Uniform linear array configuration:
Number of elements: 64
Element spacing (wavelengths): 0.25
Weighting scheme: binomial
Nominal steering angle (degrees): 45
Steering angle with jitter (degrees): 43.644
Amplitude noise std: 0.05
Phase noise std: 0.05

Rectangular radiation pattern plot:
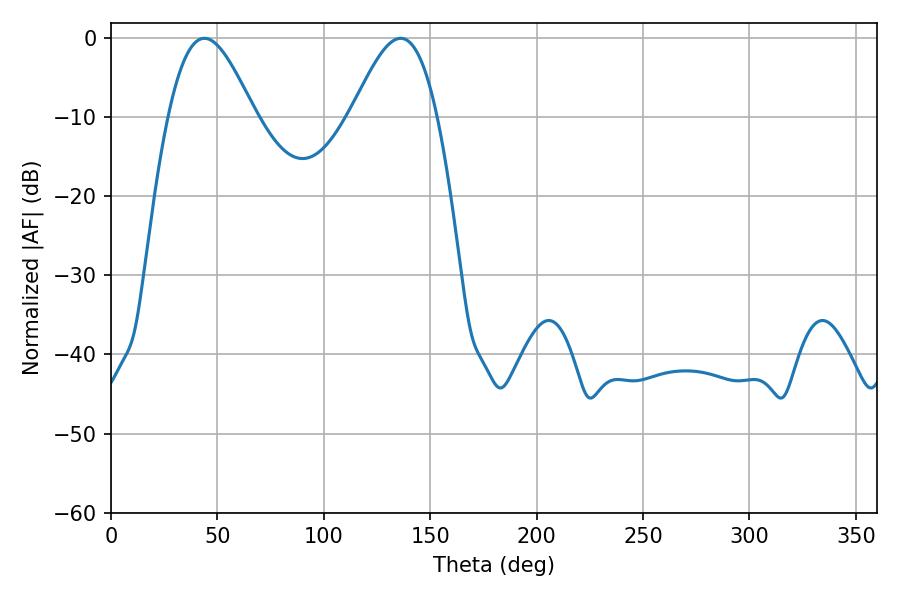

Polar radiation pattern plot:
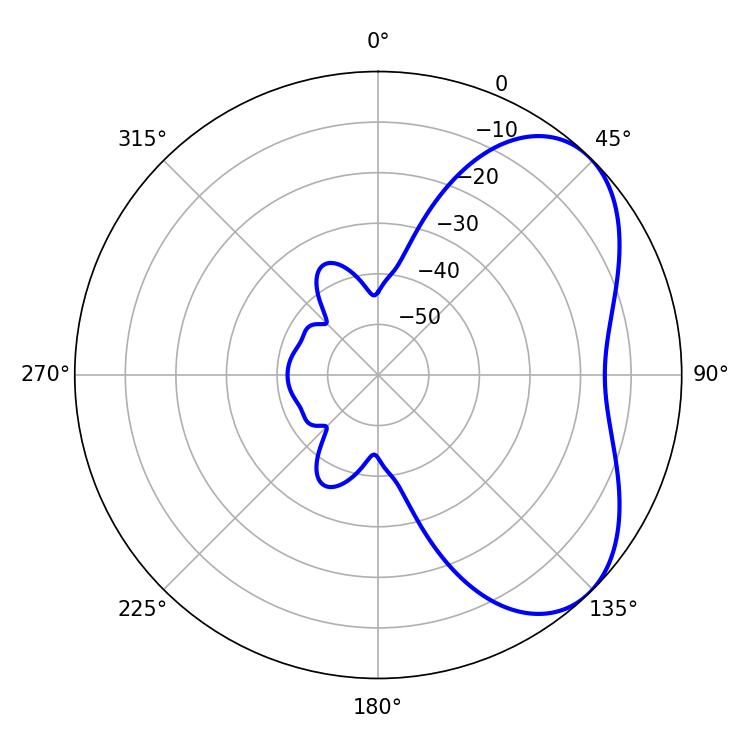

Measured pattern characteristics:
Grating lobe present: FALSE
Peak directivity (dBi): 5.144
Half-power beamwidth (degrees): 21.6
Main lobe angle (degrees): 43.92